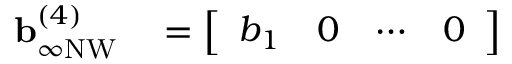
\begin{array} { r l } { \mathbf { b } _ { \infty \mathrm { N W } } ^ { ( 4 ) } } & { { } = \left[ \begin{array} { l l l l } { b _ { 1 } } & { 0 } & { \cdots } & { 0 } \end{array} \right] } \end{array}